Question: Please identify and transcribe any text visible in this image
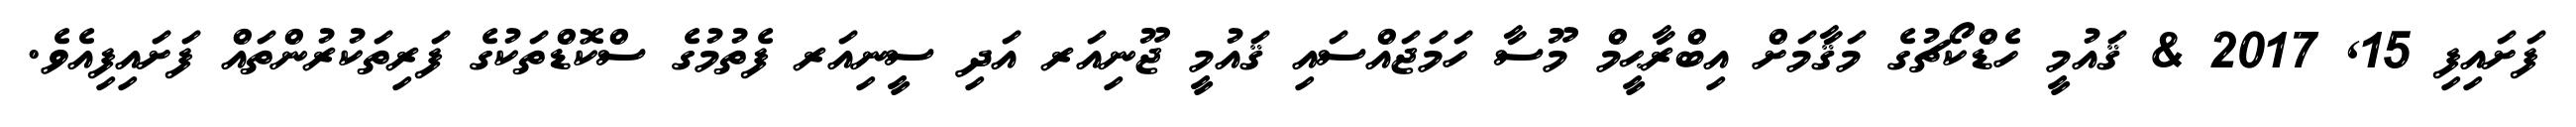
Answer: ފަށައިފި 15, 2017 & ޤައުމީ ހެޑްކޯޗުގެ މަޤާމަށް އިބްރާޙީމް މޫސާ ހަމަޖައްސައި ޤައުމީ ޖޫނިއަރ އަދި ސީނިއަރ ފެތުމުގެ ސްކޮޑްތަކުގެ ފަރިތަކުރުންތައް ފަށައިފިއެވެ.